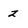
Character: z